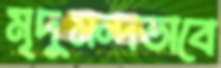
মৃদুমন্দভাবে